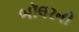
બૉલરનો